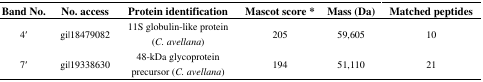
| Band No. | No. access | Protein identification | Mascot score * | Mass (Da) | Matched peptides |
 | --- | --- | --- | --- | --- | --- |
 | 4′ | gi|18479082 | 11S globulin-like protein(C. avellana) | 205 | 59,605 | 10 |
 | 7′ | gi|19338630 | 48-kDa glycoprotein precursor (C. avellana) | 194 | 51,110 | 21 |